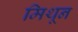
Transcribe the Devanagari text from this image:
मिथून